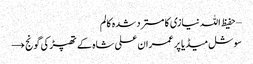
– حفیظ اللہ نیازی کا مسترد شدہ کالم
سوشل میڈیا پر عمران علی شاہ کے تھپڑ کی گونج →